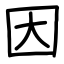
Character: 因